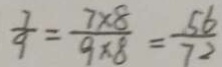
\frac { 7 } { 9 } = \frac { 7 \times 8 } { 9 \times 8 } = \frac { 5 6 } { 7 2 }